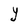
Character: Y